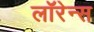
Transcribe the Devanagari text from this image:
लाॅरेन्स